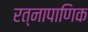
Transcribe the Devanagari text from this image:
रत्‍नापाणिक